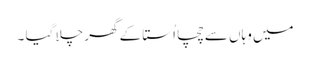
میں وہاں سے چچا اُستا کے گھر چلا گیا ۔